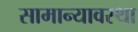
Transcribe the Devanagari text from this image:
सामान्यावस्था